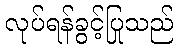
လုပ်ရန်ခွင့်ပြုသည်